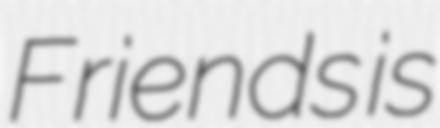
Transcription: Friends is